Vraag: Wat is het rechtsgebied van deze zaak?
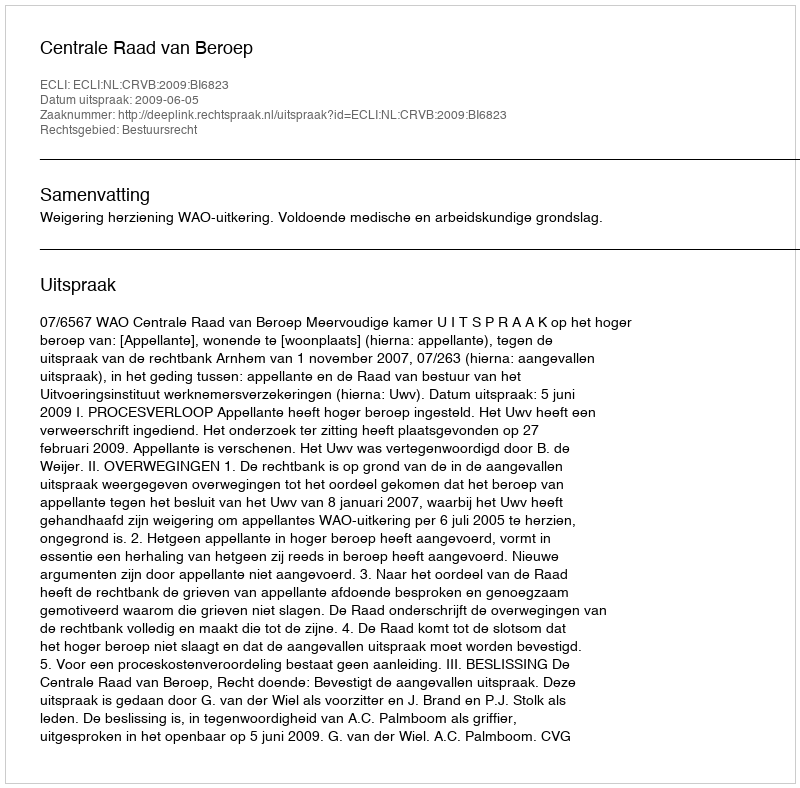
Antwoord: Bestuursrecht